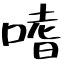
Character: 嗜